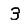
Digit: 3